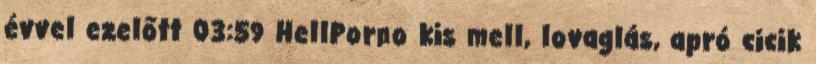
évvel ezelőtt 03:59 HellPorno kis mell, lovaglás, apró cicik